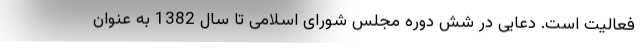
فعالیت است. دعایی در شش دوره مجلس شورای اسلامی تا سال 1382 به عنوان